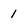
Character: 1